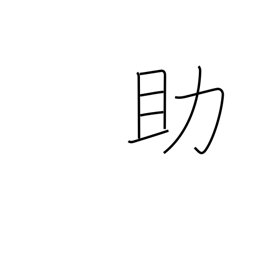
Meaning: assist